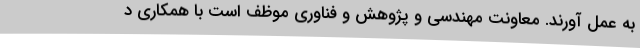
به عمل آورند. معاونت مهندسی و پژوهش و فناوری موظف است با همکاری د